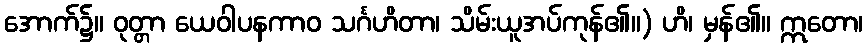
အောက်၌။ ဝုတ္တာ ယေဝါပနကာဝ သင်္ဂဟိတာ၊ သိမ်းယူအပ်ကုန်၏။) ဟိ၊ မှန်၏။ ဣတော၊